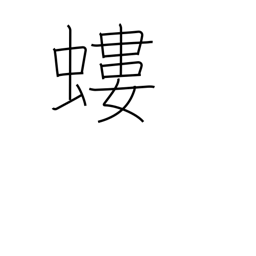
Meaning: mole cricket